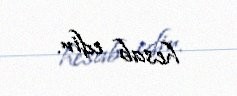
hesab edir.